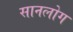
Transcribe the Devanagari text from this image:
सानलोग